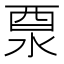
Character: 𨠊